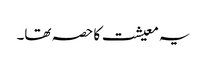
یہ معیشت کا حصہ تھا۔